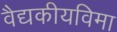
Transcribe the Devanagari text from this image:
वैद्यकीयविमा